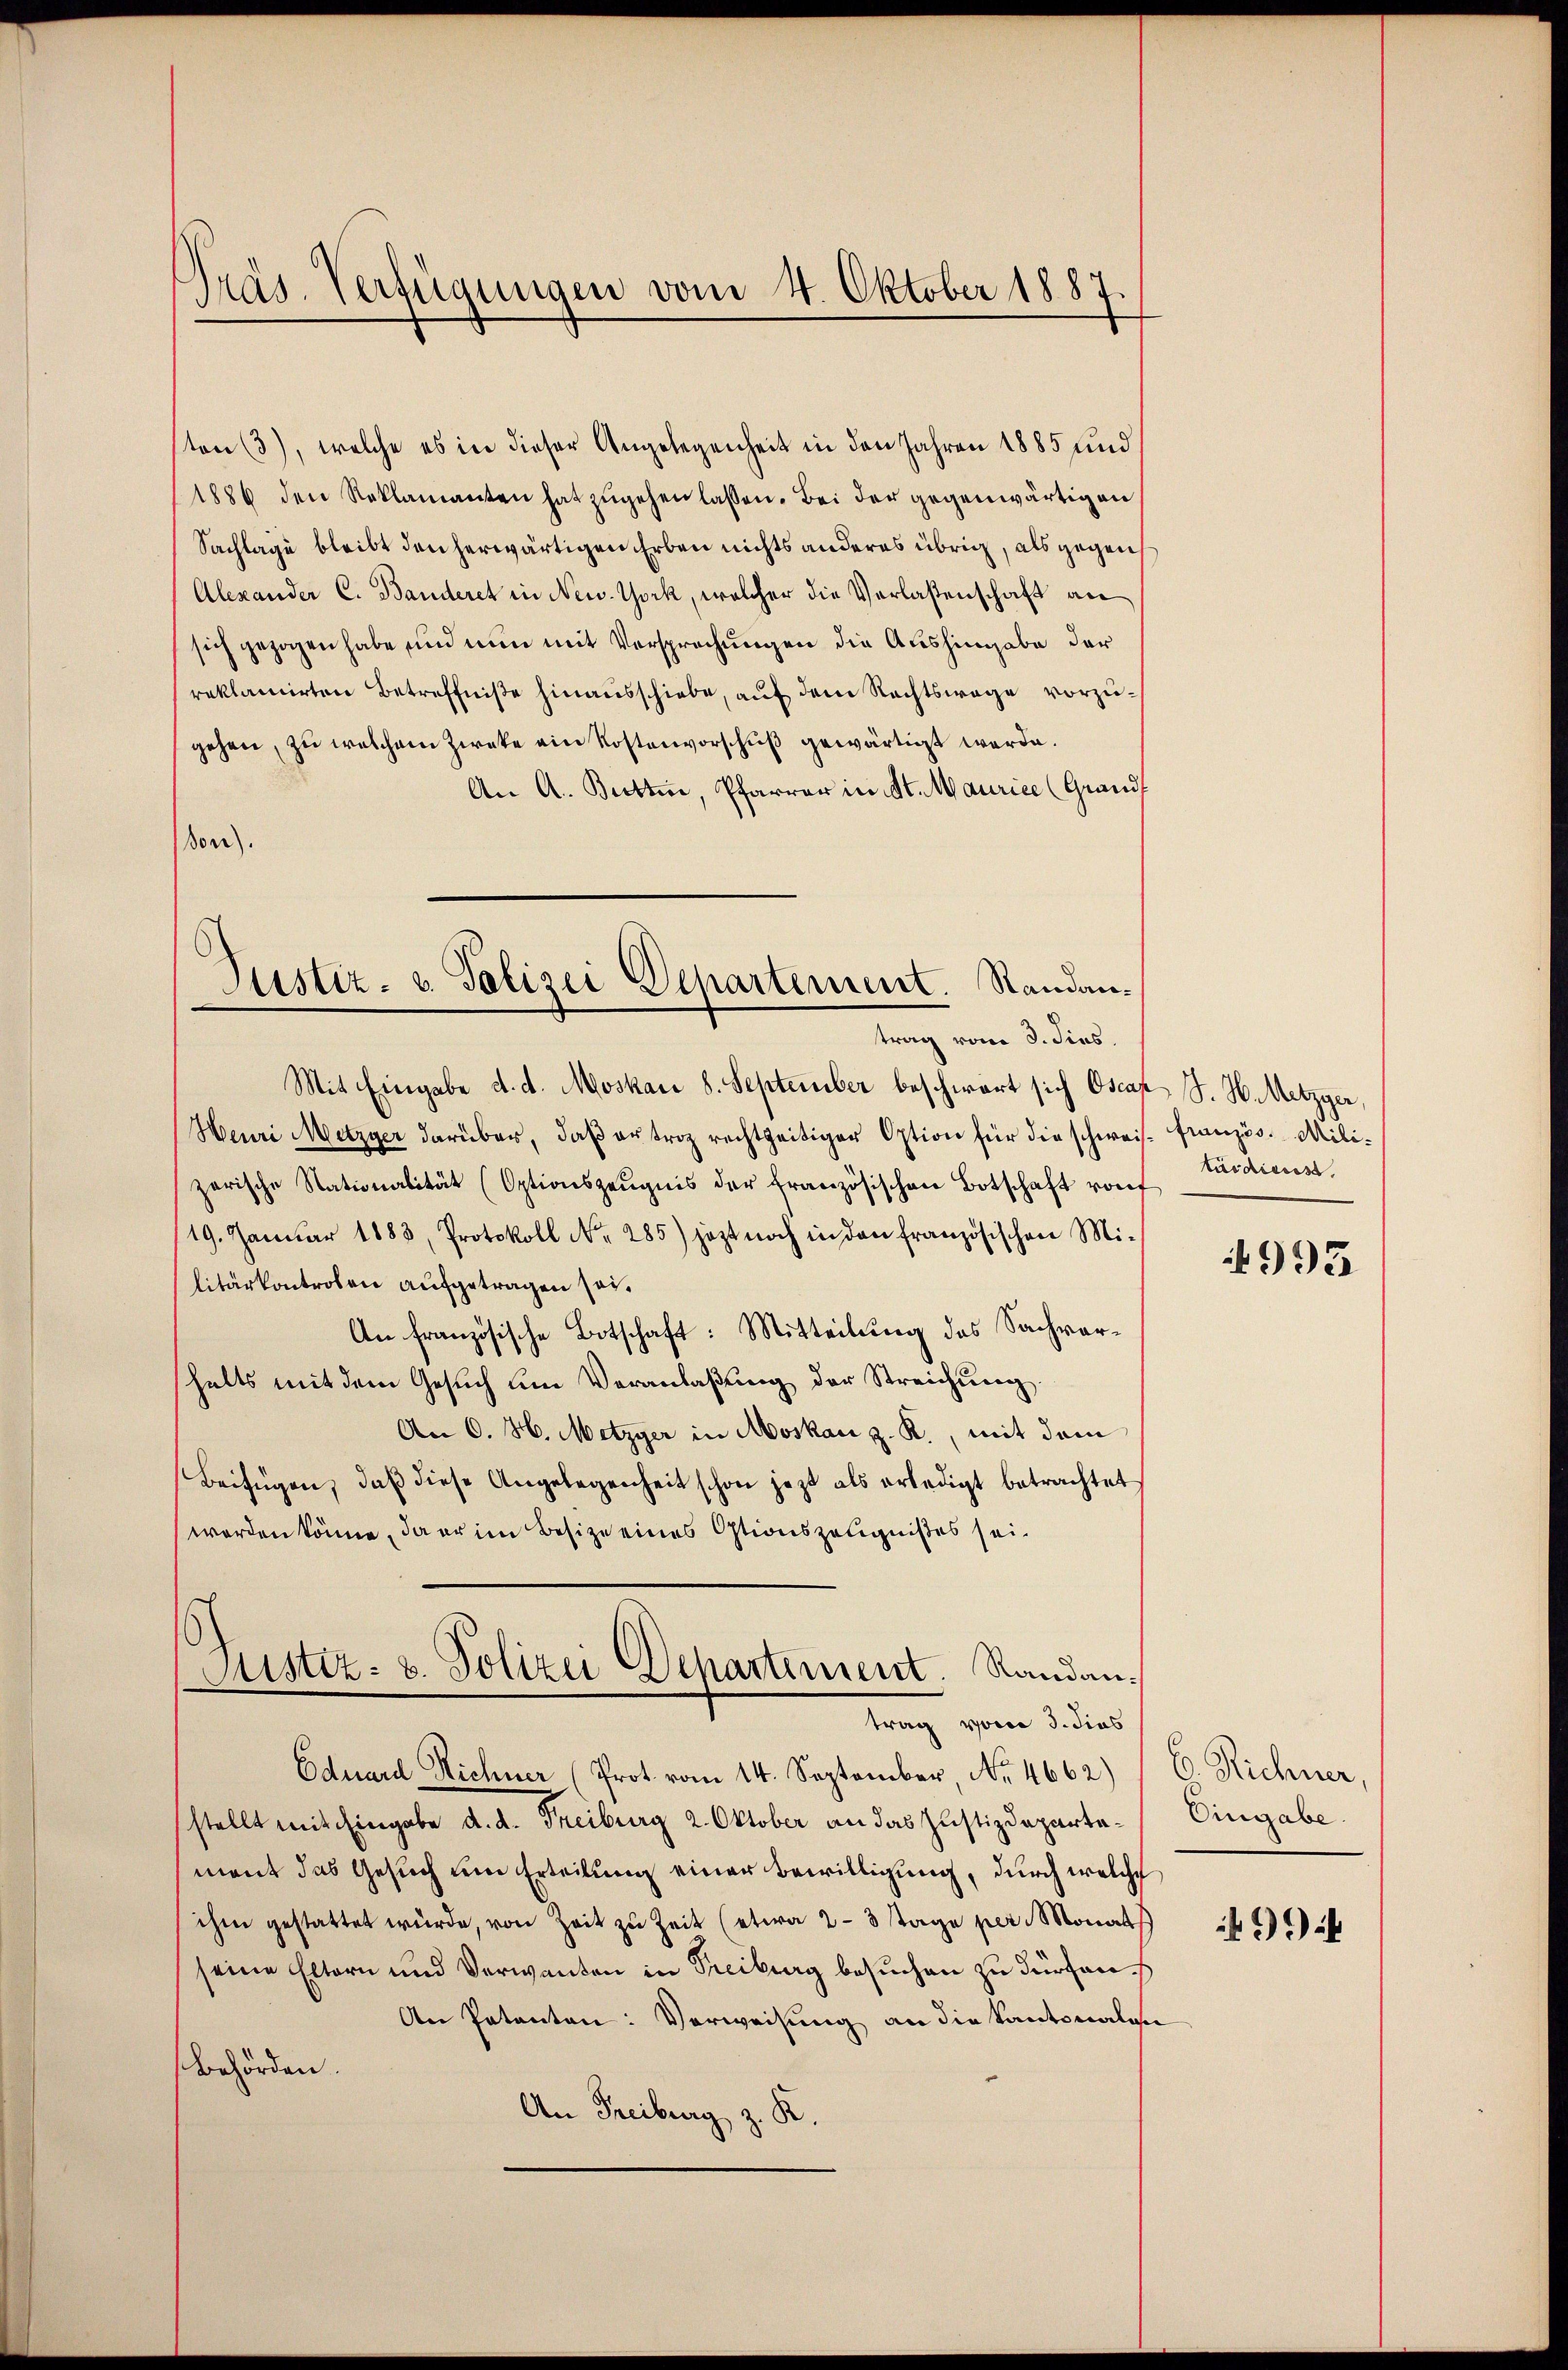
Präs. Verfügungen vom 4. Oktober 1887.

ton (3), welche es in dieser Angelegenheit in den Jahren 1885 und
1886 den Reklamanten hat zŭgehen lassen. Bei der gegenwärtigen
Sachlage bleibt den herwärtigen Erben nichts anderes übrig, als gegen
Alexander C. Banderet in New York, welcher die Verlaßenschaft an
sich gezogen habe und nun mit Versprechungen die Aushingabe der
reklamirten Betreffniße hinausschiebe, auf dem Rechtswege vorzugehen, zu welchem Zwecke ein Kostenvorschuß gewärtigt werde.
An A. Betten, Pfarrer in St. Maurice (Grand
don).
Mit Eingabe d. d. Moskar 8. September beschwart sich Oscaz S. H. Metzger,
Henri Metzger darüber, daβ antrag rechtzeitiger Option für die schweise französ. Milizerische Stationalität (Optionszeŭgnis der französischen Botschaft von
/19. Janŭar 1883, Protokoll Nr. 285) jezt noch in den französischen Mi-
litärkontroben aufgetragen sei.
An französische Botschaft: Mitteilung des Sachvershalts mit dem Gesŭch ŭm Veranlaβŭng der Streichŭng
An O. H. Metzger in Moskau z. R., mit dem
Beifügen, daß diese Angelegenheit schon jezt als erledigt betrachtet
worden könne, da er im Besize eines Ostionszeugnißes sei.
mistiz- & Polizei Departement. Randantrag vom 3. dies
Eduard Richner (Prot. vom 14. September, No. 4662)
stellt mit hingabe d. d. Freiburg 2. Oktober an das Justizdepartemant das Gesuch um Erteilung einer Bewilligung, durch welche
ihm gestattet würde, von Zeit zu Zeit (etwa 2-3 tage per Monath
seine Eltern und Verwanden in Freiburg besuchen zu dürfen.
An Patenten: Verweisung an die Kantonalie
Behörden.
An Freiburg z. R.

Justiz- & Polizei Departement. Standantrag vom 3. dies.

tärdienst

993

6. Richner,
Eingabe

9